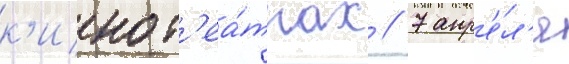
к'инот'еа́трах // 7 апр'е́л'я